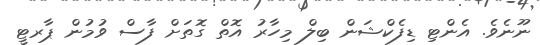
ނޫނެވެ. އެންޓި ޑިފެކްޝަން ބިލް މިހާރު އޮތް ގޮތަށް ފާސް ވުމުން ޕާރޓީ